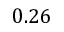
0 . 2 6